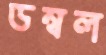
ডম্বল